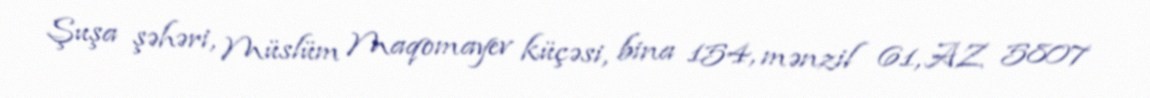
Şuşa şəhəri, Müslüm Maqomayev küçəsi, bina 154, mənzil 61, AZ 5807